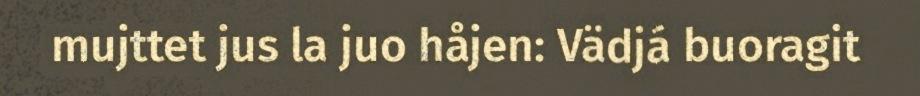
mujttet jus la juo håjen: Vädjá buoragit